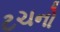
ટચનો